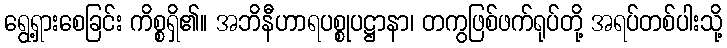
ရွေ့ရှားစေခြင်း ကိစ္စရှိ၏။ အဘိနီဟာရပစ္စုပဋ္ဌာနာ၊ တကွဖြစ်ဖက်ရုပ်တို့ အရပ်တစ်ပါးသို့